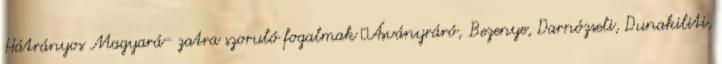
Hátrányos Magyará- zatra szoruló fogalmak ▪Ásványráró, Bezenye, Darnózseli, Dunakiliti,